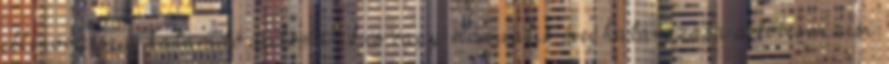
ellenőrzése a határidő automatikus vagy manuális meghatározása a kölcsönzési